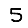
Digit: 5